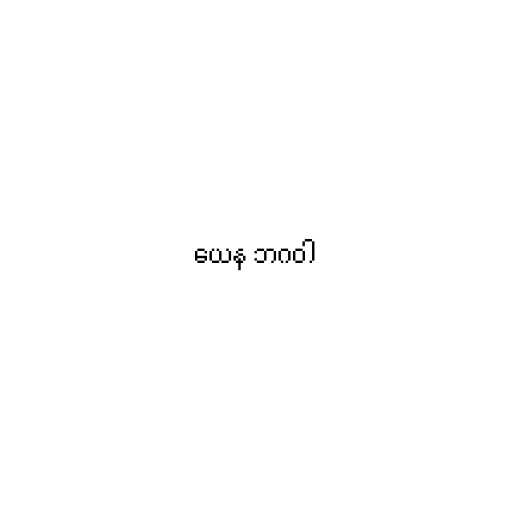
ယေန ဘဂဝါ